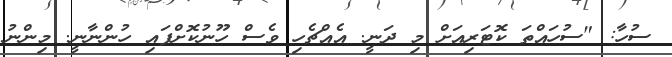
ސުހާ: "ސުހައްތަ ކޮޓަރިއަށް މި ދަނީ. އެއްޗެހި ވެސް ހޫނުކޮށްފައި ހުންނާނީ. މިންނު